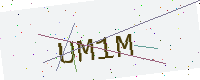
Text: UM1M